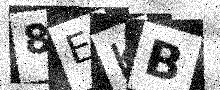
Text: 8EKB